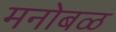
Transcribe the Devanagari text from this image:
मनोबळ